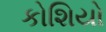
કોશિયો